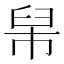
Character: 𦥡